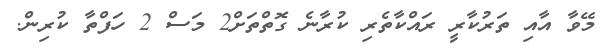
މޭވާ އާއި ތަރުކާރީ ރައްކާތެރި ކުރާނެ ގޮތްތަށް2 މަސް 2 ހަފްތާ ކުރިން.